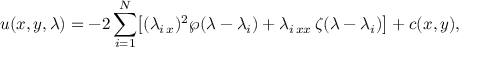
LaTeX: u ( x , y , \lambda ) = - 2 \sum _ { i = 1 } ^ { N } \bigl [ ( \lambda _ { i \, x } ) ^ { 2 } \wp ( \lambda - \lambda _ { i } ) + \lambda _ { i \, x x } \, \zeta ( \lambda - \lambda _ { i } ) \bigr ] + c ( x , y ) ,